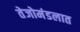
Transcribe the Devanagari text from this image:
तेजोमंडलात